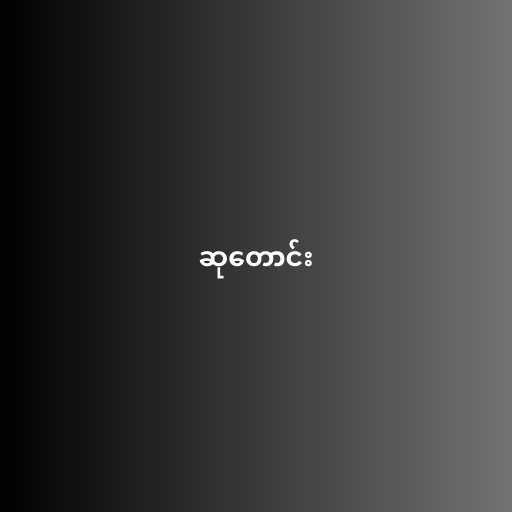
ဆုတောင်း